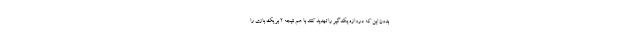
بدون این که دروازه یکدگیر را تهدید کنند با هم نتیجه ۲ بر یک بازی را